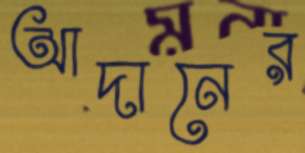
আদানের